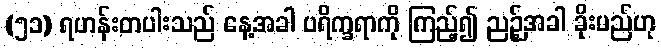
(၅၁) ရဟန်းတပါးသည် နေ့အခါ ပရိက္ခရာကို ကြည့်၍ ညဉ့်အခါ ခိုးမည်ဟု